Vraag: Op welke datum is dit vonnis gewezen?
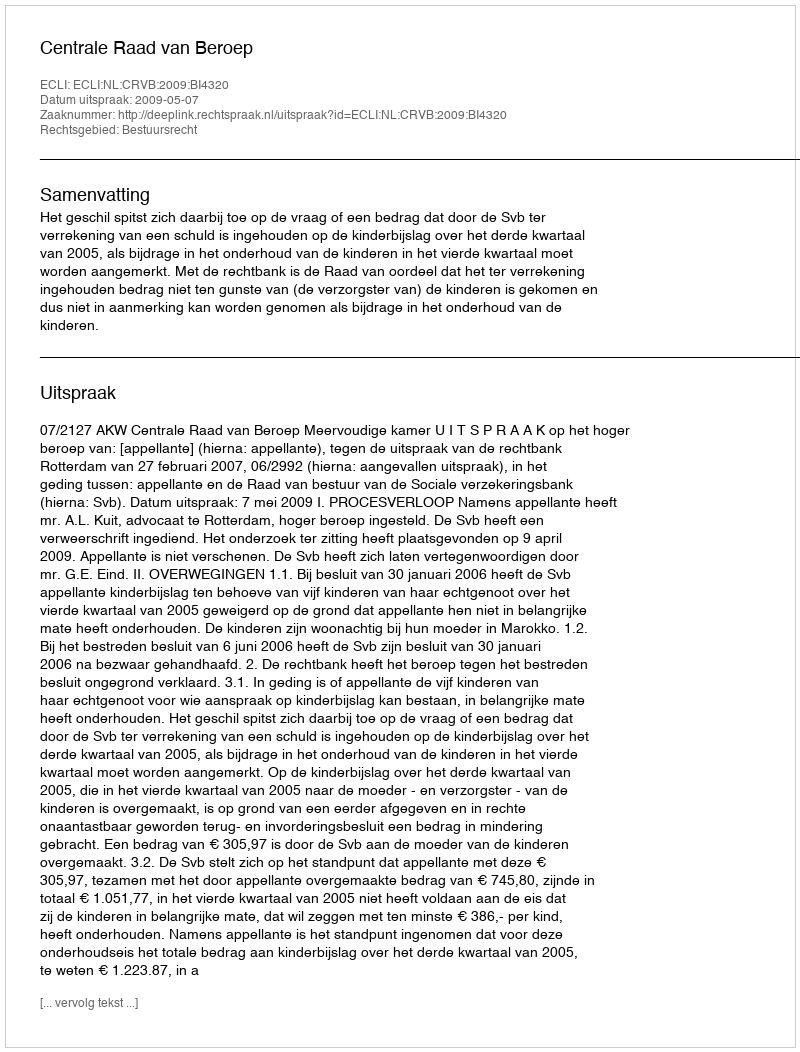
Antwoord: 2009-05-07